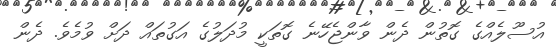
އުސޫލެއްގެ ގޮތުން ދެން ވާންޖެހޭނެ ގޮތަކީ މުދަލުގެ އަގުތައް ދަށް ވުމެވެ. ދެން